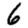
Digit: 6